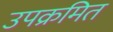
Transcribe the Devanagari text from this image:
उपक्रमित